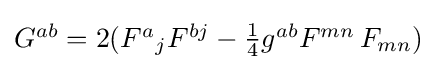
\textstyle G^{ab}=2(F^{a}{}_{j}F^{bj}-{\frac {1}{4}}g^{ab}F^{mn}\,F_{mn})